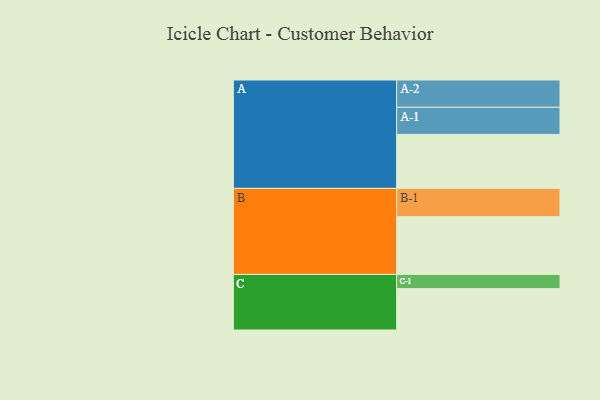
{"axis": {"x": "Segment", "y": "Value"}, "legend": ["", "A", "B", "C"], "data": [{"x": "A", "y": 510, "type": ""}, {"x": "B", "y": 545, "type": ""}, {"x": "C", "y": 391, "type": ""}, {"x": "A-1", "y": 256, "type": "A"}, {"x": "A-2", "y": 258, "type": "A"}, {"x": "B-1", "y": 268, "type": "B"}, {"x": "C-1", "y": 134, "type": "C"}]}